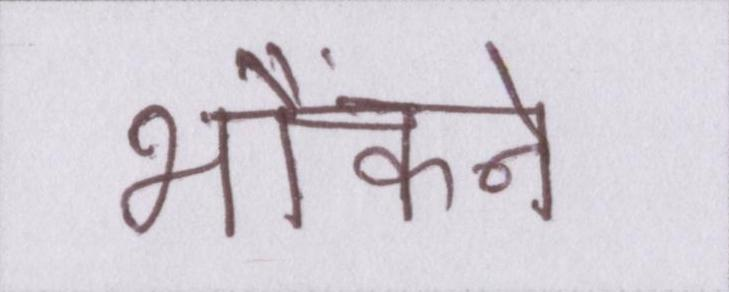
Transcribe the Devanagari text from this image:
भौंकने